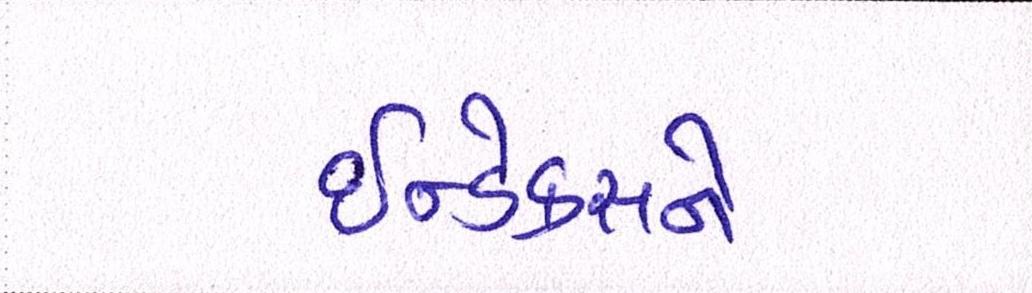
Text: ઇન્ડેક્સને